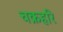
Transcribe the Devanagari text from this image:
चक्रहरि